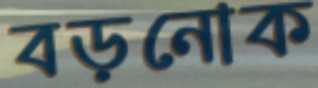
বড়নোক